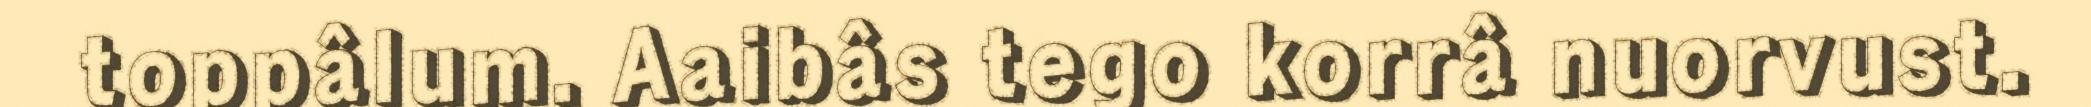
toppâlum. Aaibâs tego korrâ nuorvust.